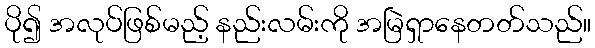
ပို၍ အလုပ်ဖြစ်မည့် နည်းလမ်းကို အမြဲရှာနေတတ်သည်။